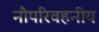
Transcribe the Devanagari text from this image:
नौपरिवहनीय